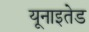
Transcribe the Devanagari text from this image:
यूनाइतेड